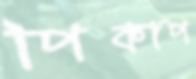
পিকাপ